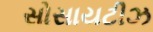
સોસાયટીઝ